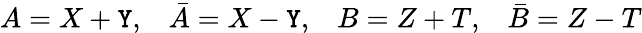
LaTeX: A=X+\mathtt{Y},\; \; \; \bar{{A}}=X-\mathtt{Y},\; \; \; B=Z+T,\; \; \; \bar{{B}}=Z-T